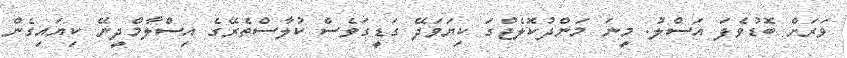
ވަރަށް ބޮޑުވެފަ އަސްލު. މީނަ މަންދުކޮލެޖްގަ ކިޔަވަދޭ ގަޑީގަވެސް ކުލާސްތެރޭގެ އިސްލާމްދީނޭ ކިޔައިގެން